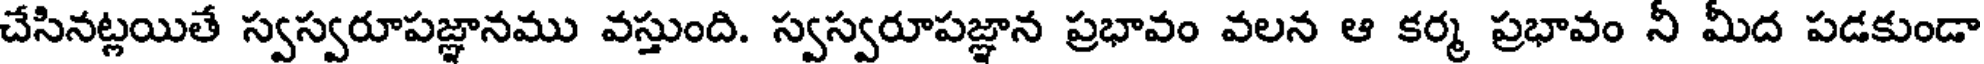
చేసినట్లయితే స్వస్వరూపజ్ఞానము వస్తుంది. స్వస్వరూపజ్ఞాన ప్రభావం వలన ఆ కర్మ ప్రభావం నీ మీద పడకుండా